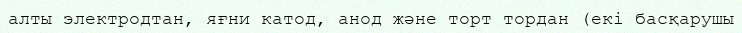
алты электродтан, яғни катод, анод және торт тордан (екі басқарушы